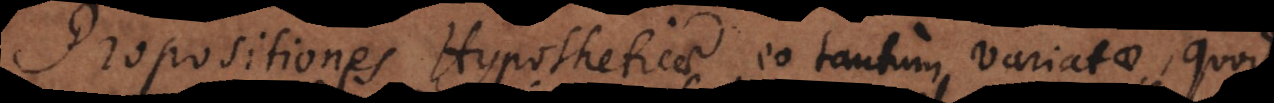
Propositiones Hypotheticae eo tantum variatae, quod